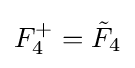
F_{4}^{+}={\tilde {F}}_{4}